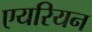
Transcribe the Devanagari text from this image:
एयरियन